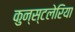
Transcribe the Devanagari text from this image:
कुन्स्टलेरिया